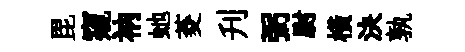
毘窺衲虵菱刋弼尉橫決孰